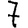
Digit: 7